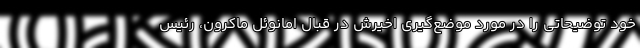
خود توضیحاتی را در مورد موضع‌گیری اخیرش در قبال امانوئل ماکرون، رئیس